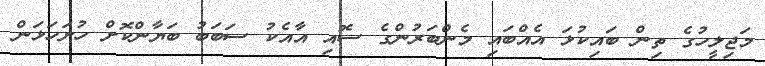
މަޖިލީހުގެ ތިން ބައިކުޅަ އެއްބައި މެންބަރުންގެ ސޮއި އާއެކު ސަބަބު ބަޔާންކޮށް ހުށަހަޅަން